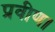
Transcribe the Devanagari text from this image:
प्रवीण।